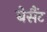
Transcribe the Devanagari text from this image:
बेसैंट